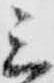
三